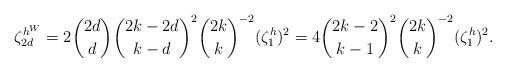
LaTeX: \begin{align*}\zeta_{2d}^{h^W} = 2{2d \choose d}{2k - 2d \choose k -d}^2 {2k \choose k }^{-2} (\zeta_1^h)^2 = 4 {2k - 2 \choose k -1}^2 {2k\choose k}^{-2} (\zeta_1^h)^2.\end{align*}